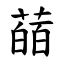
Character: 䔤